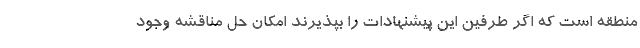
منطقه است که اگر طرفین این پیشنهادات را بپذیرند امکان حل مناقشه وجود